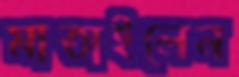
মাতাইলেন